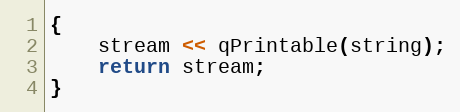
Language: C++
{
    stream << qPrintable(string);
    return stream;
}